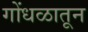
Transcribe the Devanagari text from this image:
गोंधळातून